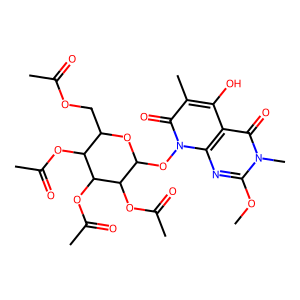
SMILES: COc1nc2c(c(O)c(C)c(=O)n2OC2OC(COC(C)=O)C(OC(C)=O)C(OC(C)=O)C2OC(C)=O)c(=O)n1C
Inhibits HIV replication: No